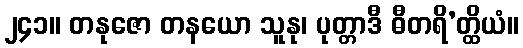
၂၄၁။ တနုဇော တနယော သူနု၊ ပုတ္တာဒီ ဓီတရိ’တ္ထိယံ။